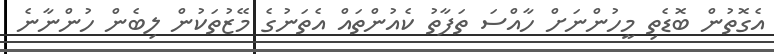
އެގޮތުން ބޮޑެތި މީހުންނަށް ހާއްސަ ތަފާތު ކެއުންތައް އެތަނުގެ މޭޒުތަކުން ލިބެން ހުންނާނެ